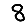
Digit: 8